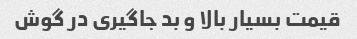
قیمت بسیار بالا و بد جاگیری در گوش